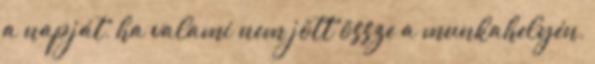
a napját, ha valami nem jött össze a munkahelyén,